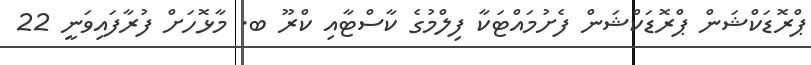
ޕްރޮޑަކްޝަން ޕްރޮޑަކްޝަން ފެށުމައްޓަކާ ފިލްމުގެ ކާސްޓާއި ކްރޫ ބ. މާޅޮހަށް ފުރާފައިވަނީ 22